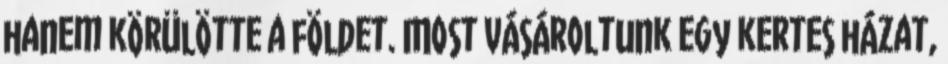
hanem körülötte a földet. Most vásároltunk egy kertes házat,